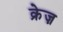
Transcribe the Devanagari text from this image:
क्रेज़